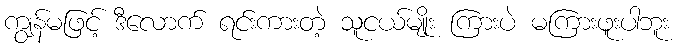
ကျွန်မဖြင့် ဒီလောက် ရင်းကားတဲ့ သူငယ်မျိုး ကြားပဲ မကြားဖူးပါဘူး